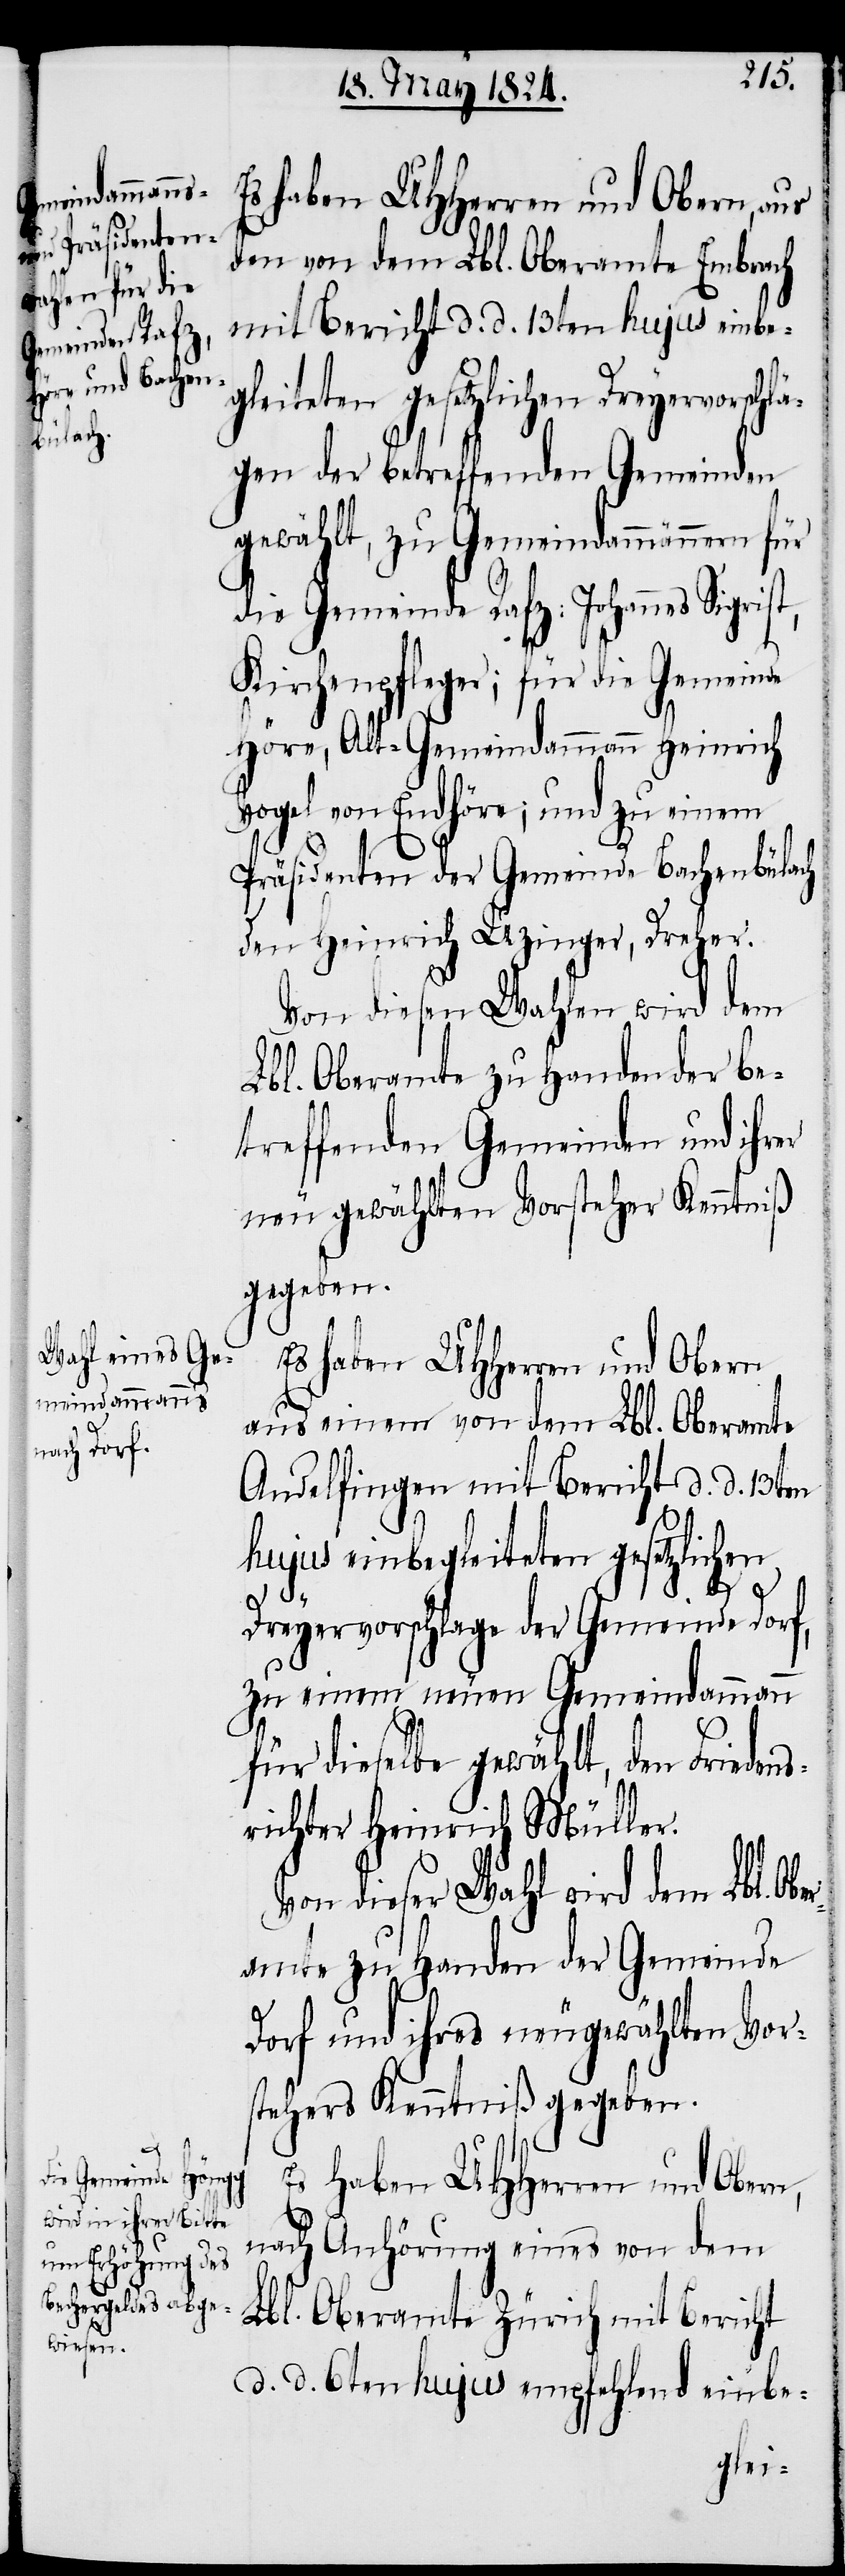
rf,

ber¬
Es haben UHHerren und Obern, aus
den von dem Lbl. Oberamte Embrach
mit Bericht d. d. 13ten hujus einbe¬
gleiteten gesetzlichen Dreyervorschlä¬
gen der betreffenden Gemeinden
gewählt, zu Gemeindammännern für
die Gemeinde Rafz: Johannes Sigris¬
Kirchenpfleger; für die Gemeinde
Höre, Alt-Gemeindammann Heinrich
Vogel von Endhöre; und zu einem
Präsidenten der Gemeinde Bachenbülach
den Heinrich Uzinger, Dreher.
Von diesen Wahlen wird dem
Lbl. Oberamte zu Handen der be¬
treffenden Gemeinden und ihrer
neu gewählten Vorsteher Kenntniß
gegeben.
Es haben UHHerren und Obern
aus einem von dem Lbl. Oberamte
Andelfingen mit Bericht d. d. 13t¬
en
hujus einbegleiteten gesetzlichen
t,
Dreyervorschlage der Gemeinde Do¬
zu einem neuen Gemeindammann
für dieselbe gewählt, den Friedens¬
richter Heinrich Müller.
Von dieser Wahl wird dem Lbl. O¬
amte zu Handen der Gemeinde
Dorf und ihres neugewählten Vor¬
stehers Kenntniß gegeben.
Es haben UHHerren und Obern,
nach Anhörung eines von dem
Lbl. Oberamte Zürich mit Bericht
d. d. 6ten hujus empfehlend einbe-